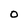
Character: 0